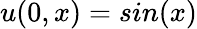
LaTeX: u(0,x)=sin(x)